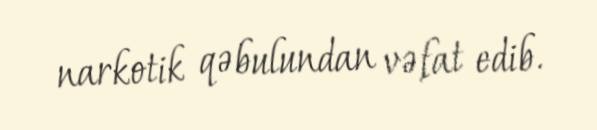
narkotik qəbulundan vəfat edib.